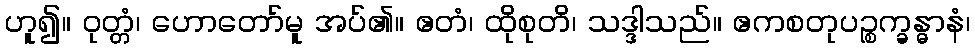
ဟူ၍။ ဝုတ္တံ၊ ဟောတော်မူ အပ်၏။ ဧတံ၊ ထိုစုတိ၊ သဒ္ဒါသည်။ ဧကစတုပဉ္စက္ခန္ဓာနံ၊